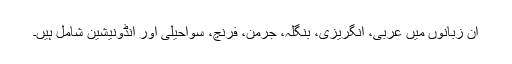
ان زبانوں میں عربی، انگریزی، بنگلہ، جرمن، فرنچ، سواحیلی اور انڈونیشین شامل ہیں۔